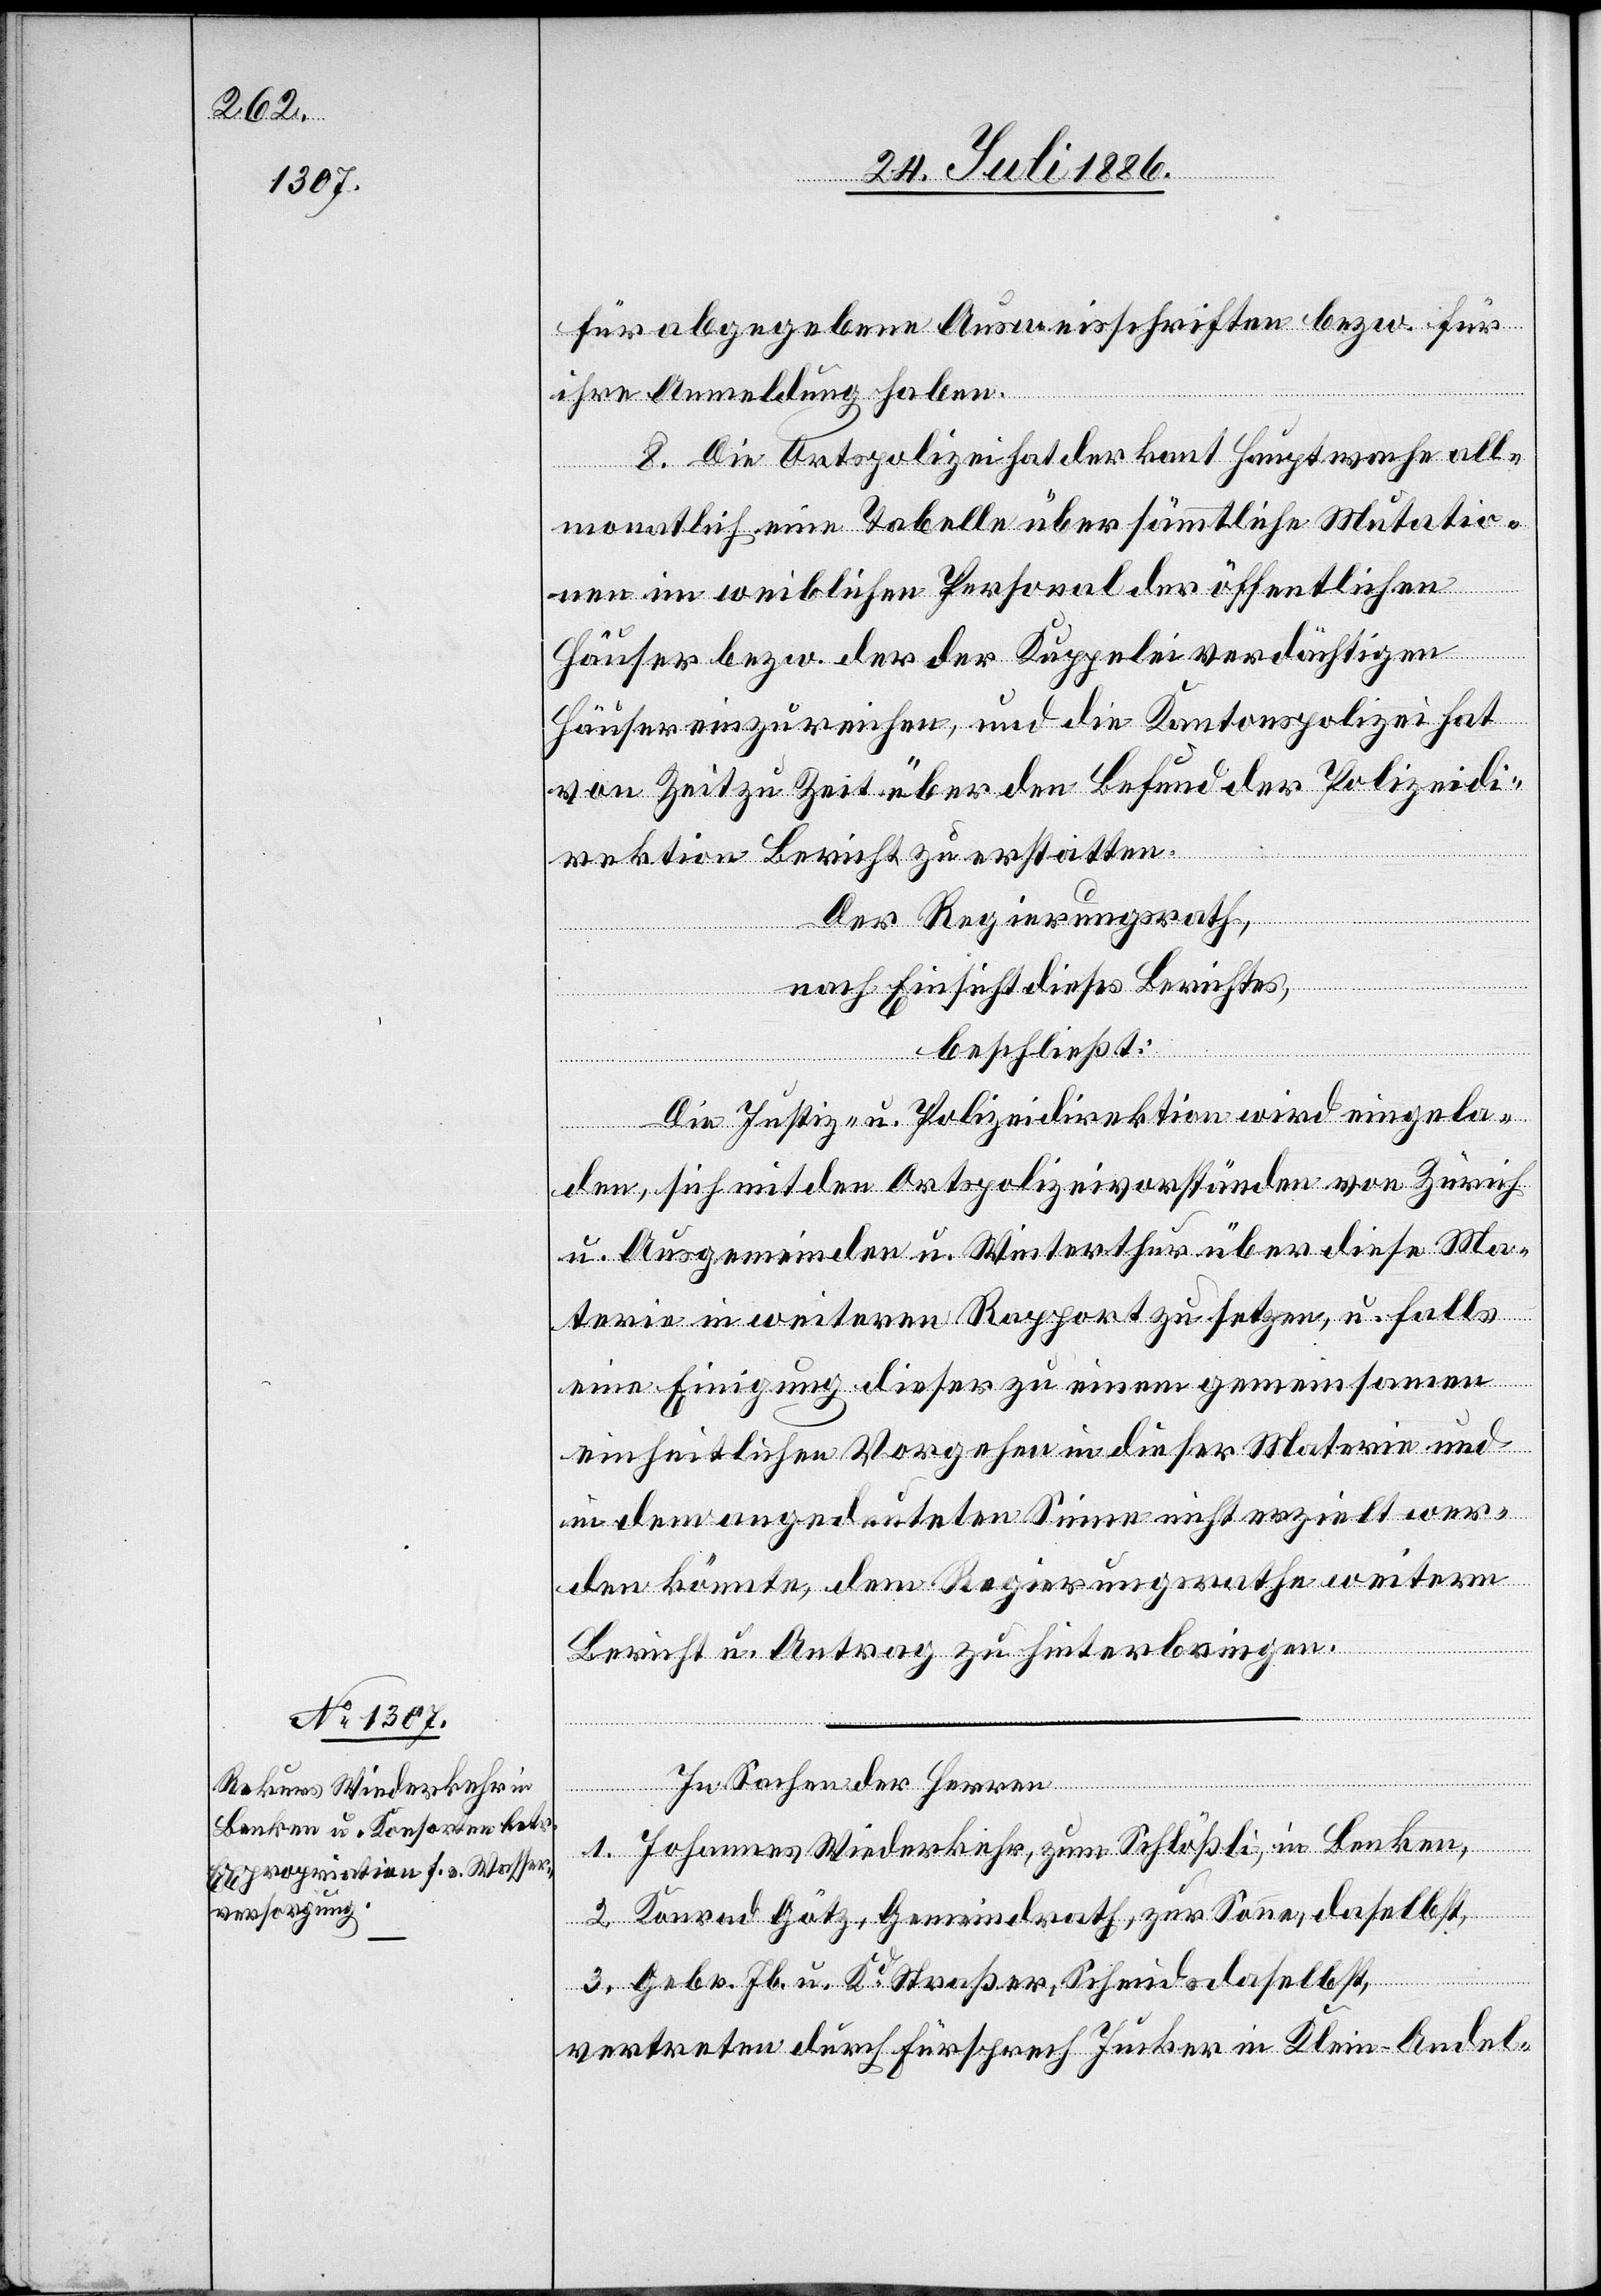
für abgegebene Ausweisschriften bezw. für
ihre Anmeldung haben.
8. Die Ortspolizei hat der kant. Hauptwache all¬
monatlich eine Tabelle über sämmtliche Mutatio¬
nen im weiblichen Personal der öffentlichen
Häuser bezw. der der Kuppelei verdächtigen
Häuser einzureichen, und die Kantonspolizei hat
von Zeit zu Zeit über den Befund der Polizeidi¬
rektion Bericht zu erstatten.
Der Regierungsrath,
nach Einsicht dieses Berichtes,
beschließt:
Die Justiz- u. Polizeidirektion wird eingela¬
den, sich mit den Ortspolizeivorständen von Zürich
u. Ausgemeinden u. Winterthur über diese Ma¬
terie in weiteren Rapport zu setzen, u. falls
eine Einigung dieser zu einem gemeinsamen
einheitlichen Vorgehen in dieser Materie und
in dem angedeuteten Sinne nicht erzielt wer¬
den könnte, dem Regierungsrathe weitern
Bericht u. Antrag zu hinterbringen.
In Sachen der Herren
1. Johannes Wiederkehr, zum Schlößli, in Benken,
2. Konrad Götz, Gemeindrath, zur Sonne, daselbst,
3. Gebr. Jb. u. Kd Straßer, Schmids daselbst,
vertreten durch Fürsprech Jucker in Klein-Andel-